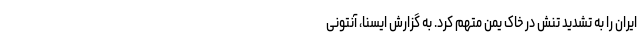
ایران را به تشدید تنش در خاک یمن متهم کرد. به گزارش ایسنا، آنتونی